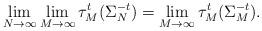
LaTeX: \begin{align*}\lim_{N \to \infty} \lim_{M \to \infty} \tau^t_M ( \Sigma^{-t} _N ) = \lim_{M \to \infty} \tau^t_M ( \Sigma^{-t}_M ).\end{align*}